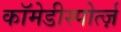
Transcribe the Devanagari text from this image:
कॉमेडीस्पोर्त्ज़